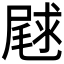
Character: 𫵣